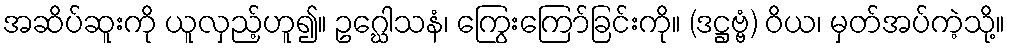
အဆိပ်ဆူးကို ယူလှည့်ဟူ၍။ ဥဂ္ဃေါသနံ၊ ကြွေးကြော်ခြင်းကို။ (ဒဋ္ဌဗ္ဗံ) ဝိယ၊ မှတ်အပ်ကဲ့သို့။